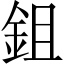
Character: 鉏